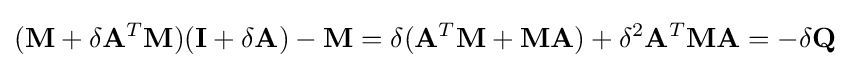
(\mathbf {M} +\delta \mathbf {A} ^{T}\mathbf {M} )(\mathbf {I} +\delta \mathbf {A} )-\mathbf {M} =\delta (\mathbf {A} ^{T}\mathbf {M} +\mathbf {M} \mathbf {A} )+\delta ^{2}\mathbf {A} ^{T}\mathbf {M} \mathbf {A} =-\delta \mathbf {Q}